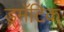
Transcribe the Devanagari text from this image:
ड्रमॅटिक